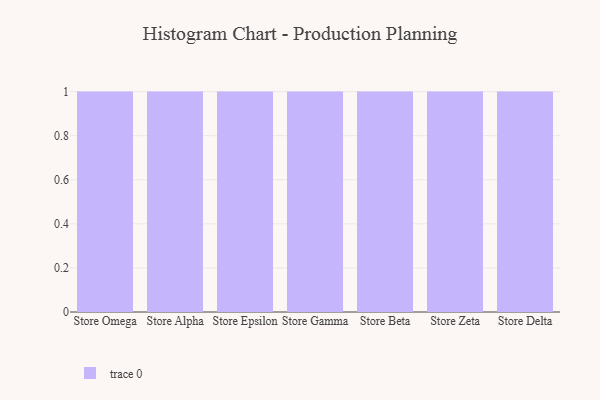
{"axis": {"x": "Store", "y": "Revenue (USD Million)"}, "legend": [""], "data": [{"x": "Store Omega", "y": 60, "type": ""}, {"x": "Store Alpha", "y": 89, "type": ""}, {"x": "Store Epsilon", "y": 82, "type": ""}, {"x": "Store Gamma", "y": 50, "type": ""}, {"x": "Store Beta", "y": 73, "type": ""}, {"x": "Store Zeta", "y": 9, "type": ""}, {"x": "Store Delta", "y": 53, "type": ""}]}